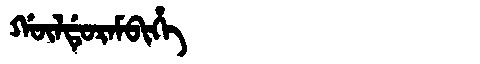
Manchu: ᡤᡡᠯᡩᡠᡵᠠᠮᠪᡳᡥᡝ
Romanization: GŪLDURAMBIHE